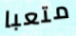
متعبا